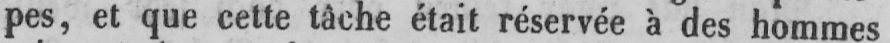
pes, et que cette tâche était réservée à des hommes